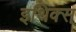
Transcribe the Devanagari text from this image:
इथिक्स्